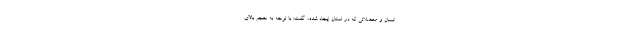
انسان و معضلاتی که در استان ایجاد شده، گفت: با توجه به حجم بالای